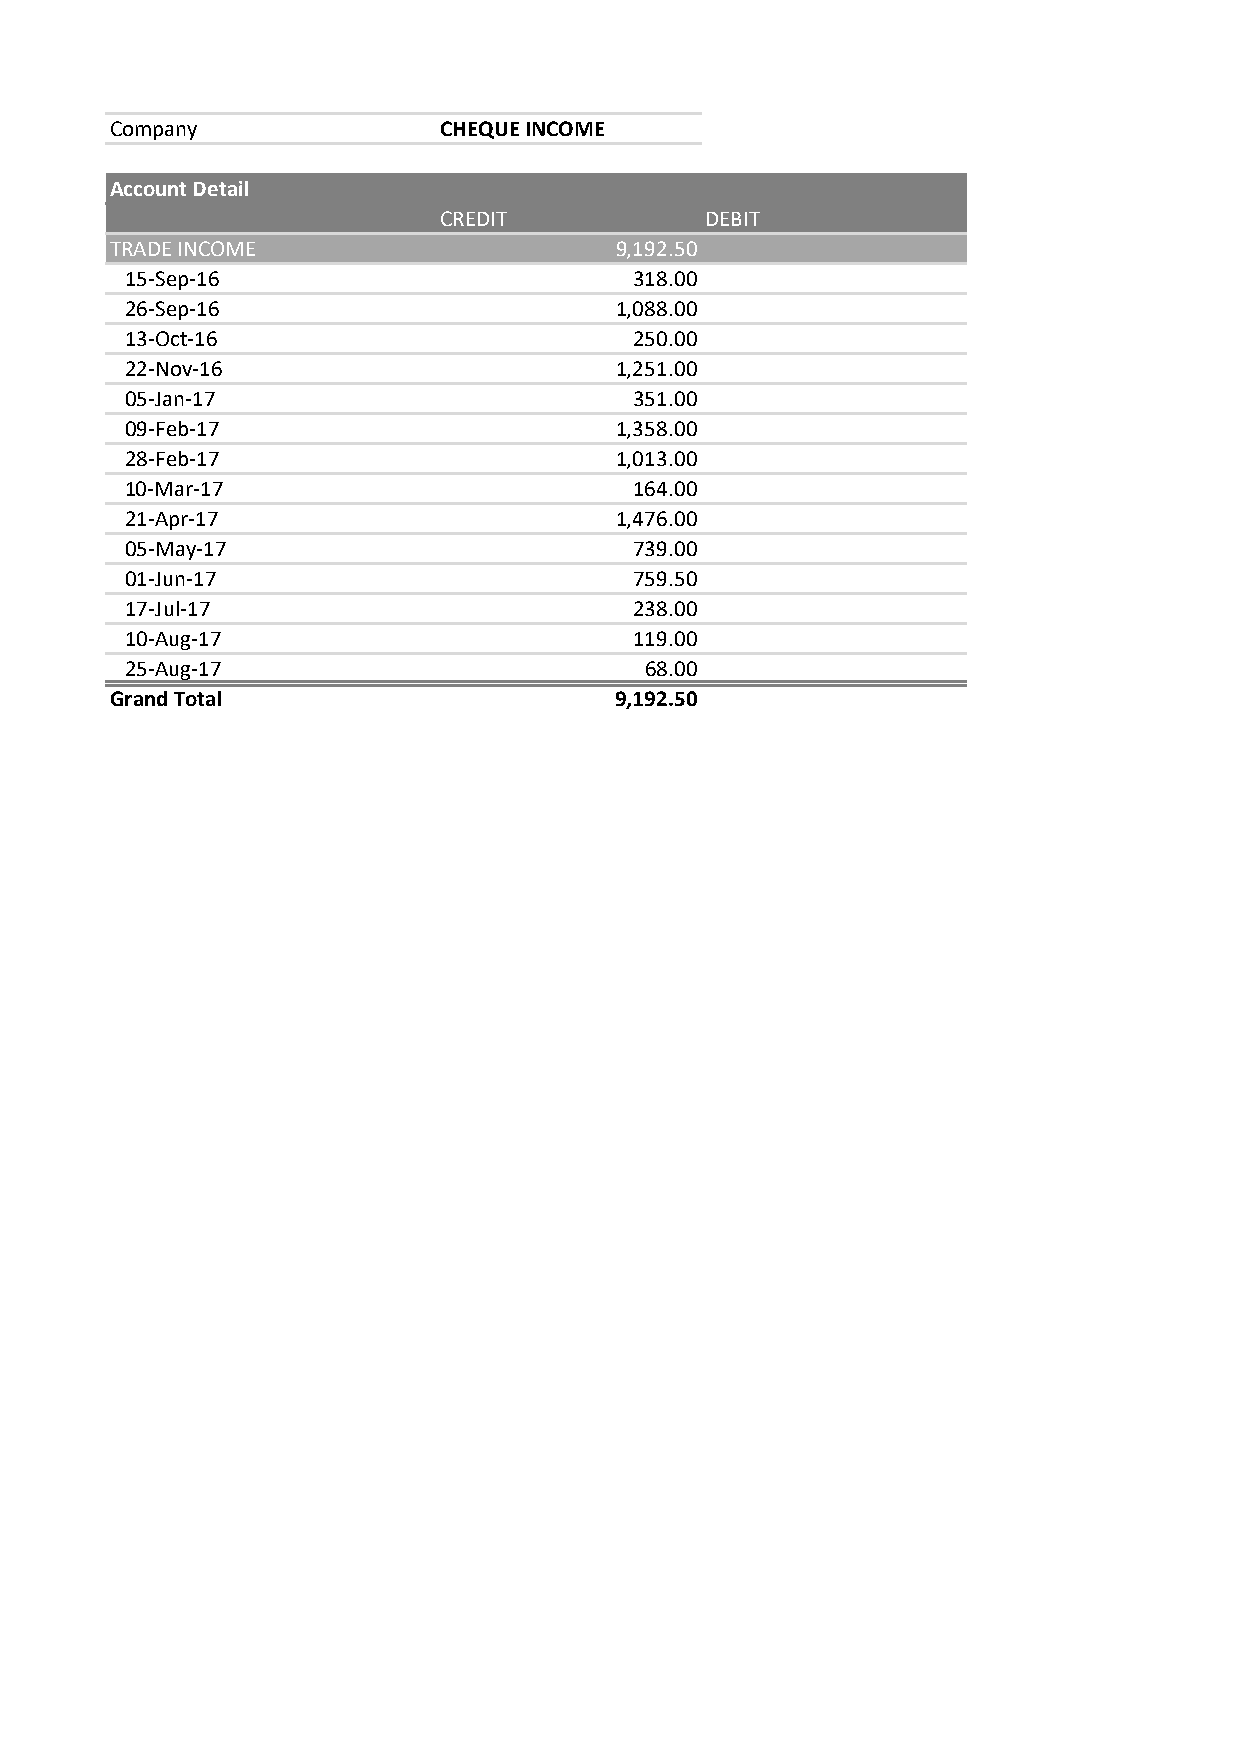
Company               CHEQUE INCOME
 Account Detail
 CREDIT            DEBIT
 TRADE INCOME                      9,192.50
 15-Sep-16                         318.00
 26-Sep-16                        1,088.00
 13-Oct-16                         250.00
 22-Nov-16                        1,251.00
 05-Jan-17                         351.00
 09-Feb-17                        1,358.00
 28-Feb-17                        1,013.00
 10-Mar-17                         164.00
 21-Apr-17                        1,476.00
 05-May-17                         739.00
 01-Jun-17                         759.50
 17-Jul-17                         238.00
 10-Aug-17                         119.00
 25-Aug-17                          68.00
 Grand Total                       9,192.50